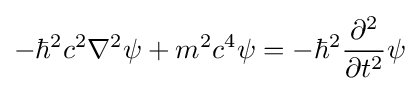
-\hbar ^{2}c^{2}\mathbf {\nabla } ^{2}\psi +m^{2}c^{4}\psi =-\hbar ^{2}{\frac {\partial ^{2}}{\partial t^{2}}}\psi